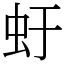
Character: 虶